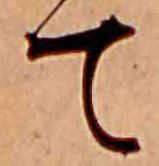
て